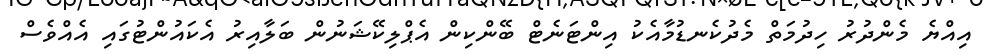
އިއްޔެ މެންދުރު ހިދުމަތް މެދުކެނޑުމާއެކު އިންޓަނެޓް ބޭންކިން އެޕްލިކޭޝަނުން ބަލާއިރު އެކައުންޓުގައި އެއްވެސް